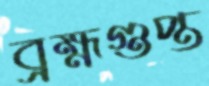
ব্রহ্মগুপ্ত